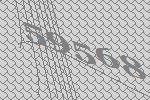
59568